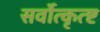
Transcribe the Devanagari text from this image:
सर्वोत्कृत्ष्ट